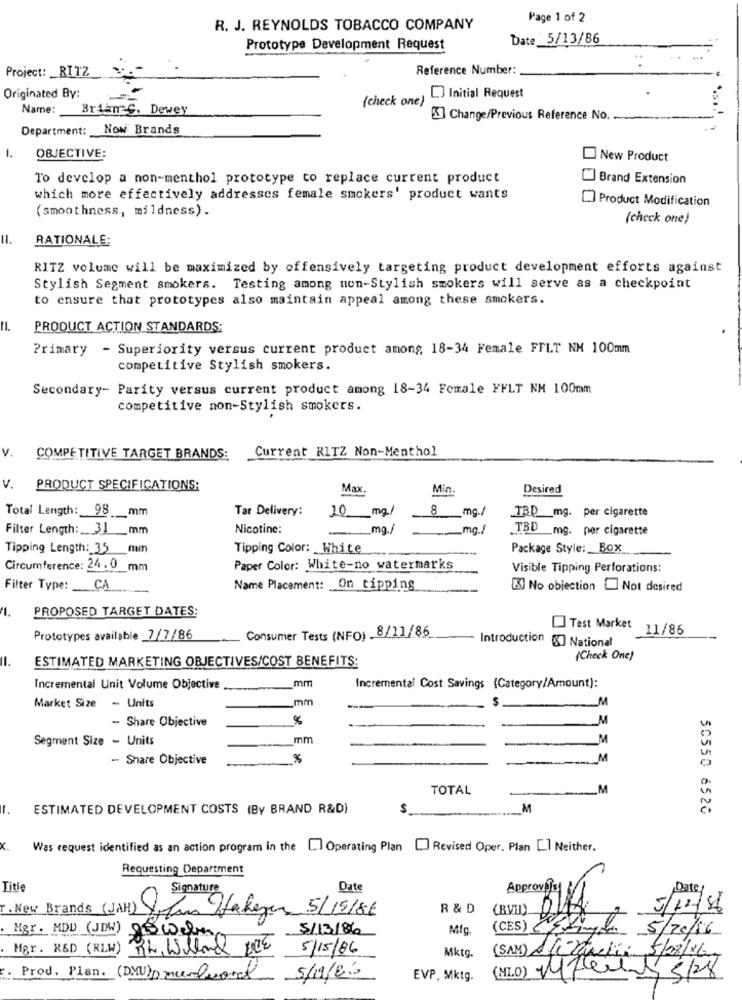
Page 1 of 2
R. J. REYNOLDS TOBACCO COMPANY
Date _5/13/86
Prototype Development Request
Project: _ RITZ
Reference Number:
Originated By:
(check one)
C. Initial Request
Name:
Brian S. Dewey
K] Change/Previous Reference NO.
Department: Now Brands
1.
OBJECTIVE:
New Product
To develop a non-menthol prototype to replace current product
Brand Extension
which more effectively addresses female smokers' product wants
Product Modification
(smoothness, mildness).
(check one)
RATIONALE:
RITZ volume will be maximized by offensively targeting product development efforts against
Stylish Segment smokers. Testing among non-Stylish smokers will serve as a checkpoint
to ensure that prototypes also maintain appeal among these smokers.
PRODUCT ACTION STANDARDS:
Primary - Superiority versus current product among 18-34 Female FFLT NM 100mm
competitive Stylish smokers.
Secondary- Parity versus current product among 18-34 Female FFLT NM 100mm
competitive non-Stylish smokers.
v.
Current RITZ Non-Menthol
COMPETITIVE TARGET BRANDS:
v.
PRODUCT SPECIFICATIONS:
Max.
Min.
Desired
Total Length: 98
_mm
Tar Delivery:
TBD _mg. per cigarette
20 mg/
8 mg./
Filter Length: 31 mm
Nicotine:
mg./
_mg./
TBD mg. per cigarette
Tipping Length: 35 mm
Tipping Color: White
Package Style: Box
Circumference: 24.0 mm
Paper Color: White-no watermarks
Visible Tipping Perforations:
Filter Type: CA
Name Placement: On tipping
[X] No objection Not desired
11.
PROPOSED TARGET DATES:
Test Market
11/86
Prototypes available 7/7/86
Consumer Tests (NFO) 8/11/86
Introduction g] National
Il.
ESTIMATED MARKETING OBJECTIVES/COST BENEFITS:
(Check One)
mm
Incremental Unit Volume Objective
Incremental Cost Savings (Category/Amount):
mm
S
Market Size - Units
_M
- Share Objective
M
Segment Size - Units
mm
M
- Share Objective
%
M
TOTAL
M
1.
ESTIMATED DEVELOPMENT COSTS (By BRAND R&D)
M
50550 6520
x
Was request identified as an action program in the
. Operating Plan
Revised Oper, Plan [] Neither.
Requesting Department
Titie
Signature
Date
Approv Tal &
Date:
I. New Brands (JAH) Yalan Wakeyer 5/19/86
R & D
(BVW).
5/12/16
Mgr. MDD (JDW) With
5/13/86
Mig.
(CES) CESingle 5/20/16
Mgr. R&D (RLW) RL Willand JOE
5/15/86
Mktg.
(SAM) Alitalia 5/08/16
(HLO) Value
Prod. Plan. (DMU) numlocal
5/19/20
EVP, Mktg.
5/28